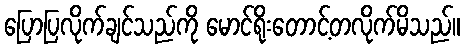
ပြောပြလိုက်ချင်သည်ကို မောင်ရိုးတောင့်တလိုက်မိသည်။